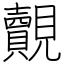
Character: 覿